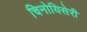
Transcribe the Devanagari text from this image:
चिनोयिसेरी